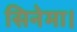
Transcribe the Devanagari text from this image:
सिनेमा।